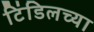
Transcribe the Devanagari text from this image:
टिंडिलच्या